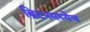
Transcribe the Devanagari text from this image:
ब्रिटनमध्येच